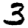
Digit: 3